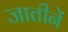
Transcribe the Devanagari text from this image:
जातीनें